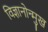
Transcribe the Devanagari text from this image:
विज्ञानोन्मुख